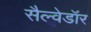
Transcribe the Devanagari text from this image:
सैल्वेडॉर